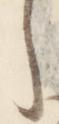
之